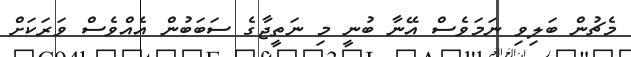
މެޗުން ބަލިވި ނަމަވެސް އޭނާ ބުނީ މި ނަތީޖާގެ ސަބަބުން އެއްވެސް ވަރަކަށް